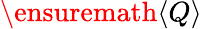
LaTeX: \ensuremath{\langle Q\rangle}